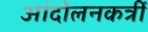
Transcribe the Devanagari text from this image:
आंदोलनकर्त्री